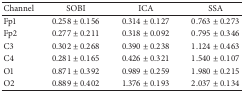
| Channel | SOBI | ICA | SSA |
 | --- | --- | --- | --- |
 | Fp1 | 0.258 ± 0.156 | 0.314 ± 0.127 | 0.763 ± 0.273 |
 | Fp2 | 0.277 ± 0.211 | 0.318 ± 0.092 | 0.795 ± 0.346 |
 | C3 | 0.302 ± 0.268 | 0.390 ± 0.238 | 1.124 ± 0.463 |
 | C4 | 0.281 ± 0.165 | 0.426 ± 0.321 | 1.540 ± 0.107 |
 | O1 | 0.871 ± 0.392 | 0.989 ± 0.259 | 1.980 ± 0.215 |
 | O2 | 0.889 ± 0.402 | 1.376 ± 0.193 | 2.037 ± 0.134 |